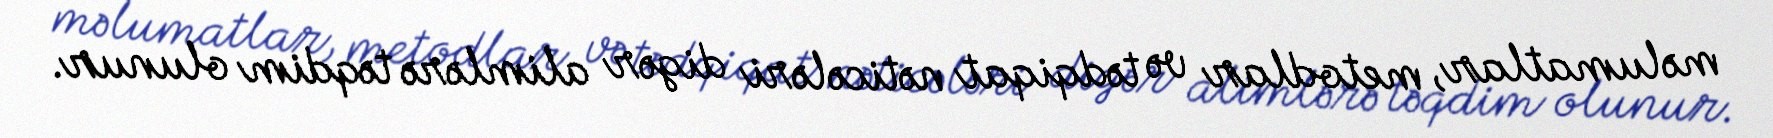
məlumatlar, metodlar və tədqiqat nəticələri digər alimlərə təqdim olunur.